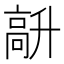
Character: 𩫆